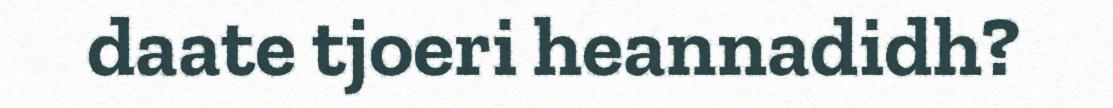
daate tjoeri heannadidh?